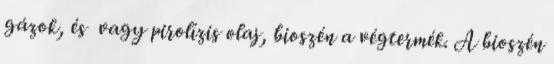
gázok, és vagy pirolízis olaj, bioszén a végtermék. A bioszén